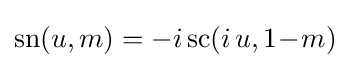
\operatorname {sn} (u,m)=-i\operatorname {sc} (i\,u,1\!-\!m)